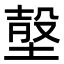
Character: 𡎷